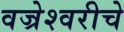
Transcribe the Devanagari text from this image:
वज्रेश्वरीचे